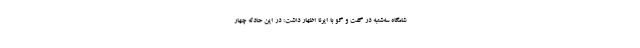
شامگاه سه‌شنبه در گفت و گو با ایرنا اظهار داشت: در این حادثه چهار